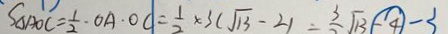
S _ { \Delta A O C } = \frac { 1 } { 2 } \cdot O A \cdot O C = \frac { 1 } { 2 } \times 3 ( \sqrt { 1 3 } - 2 ) = \frac { 3 } { 2 } \sqrt { 1 3 } - 4 - 3